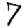
Digit: 7